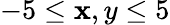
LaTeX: -5\leq\mathbf{x},y\leq5